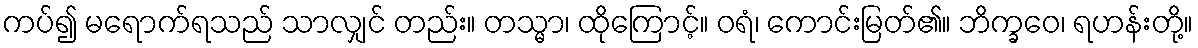
ကပ်၍ မရောက်ရသည် သာလျှင် တည်း။ တသ္မာ၊ ထိုကြောင့်။ ဝရံ၊ ကောင်းမြတ်၏။ ဘိက္ခဝေ၊ ရဟန်းတို့။